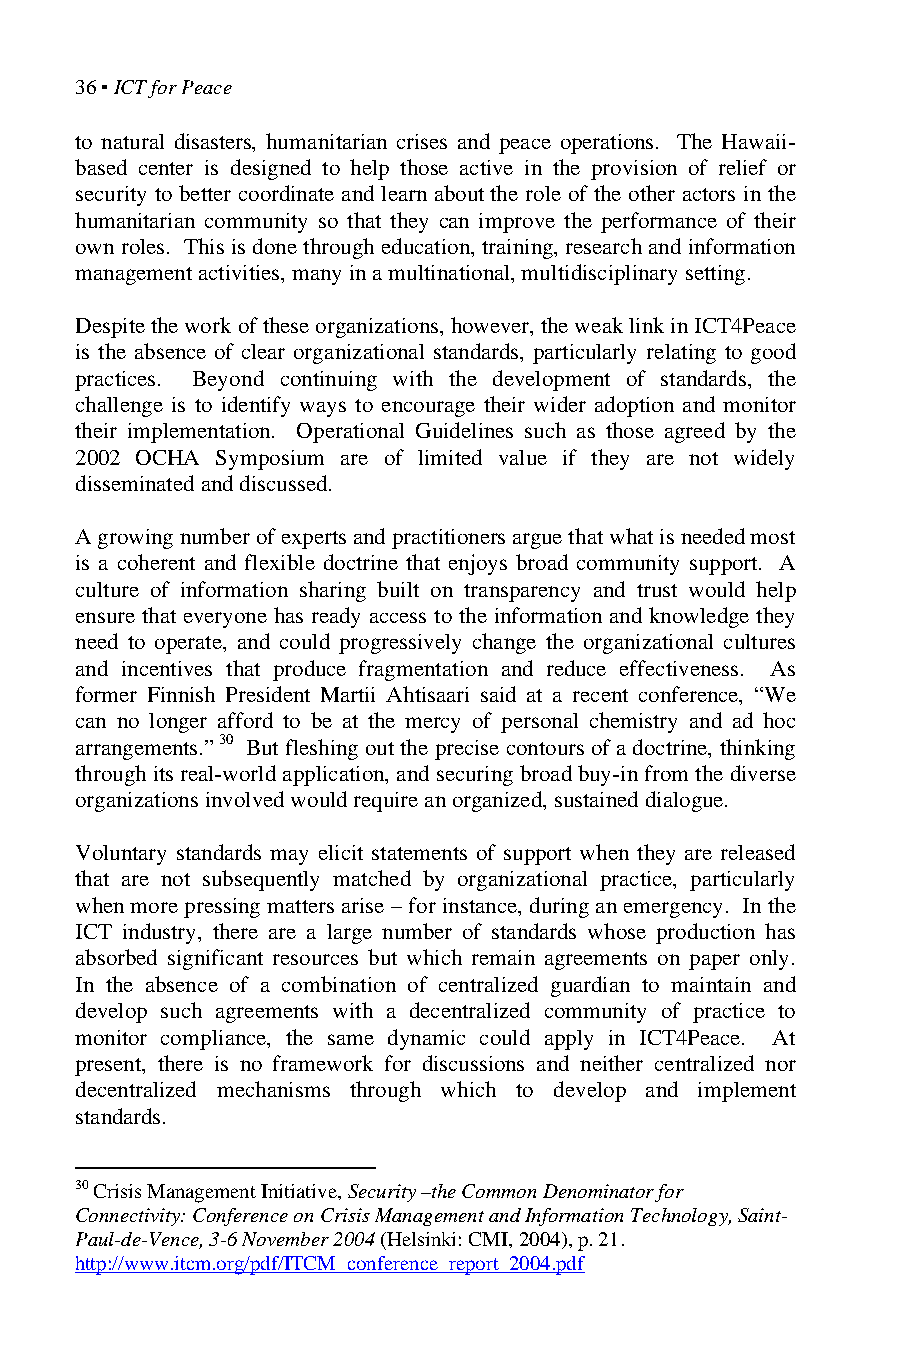
36 ▪ ICT for Peace
 to natural disasters, humanitarian crises and peace operations. The Hawaii-
 based center is designed to help those active in the provision of relief or
 security to better coordinate and learn about the role of the other actors in the
 humanitarian community so that they can improve the performance of their
 own roles. This is done through education, training, research and information
 management activities, many in a multinational, multidisciplinary setting.
 Despite the work of these organizations, however, the weak link in ICT4Peace
 is the absence of clear organizational standards, particularly relating to good
 practices. Beyond continuing with the development of standards, the
 challenge is to identify ways to encourage their wider adoption and monitor
 their implementation. Operational Guidelines such as those agreed by the
 2002 OCHA Symposium are of limited value if they are not widely
 disseminated and discussed.
 A growing number of experts and practitioners argue that what is needed most
 is a coherent and flexible doctrine that enjoys broad community support. A
 culture of information sharing built on transparency and trust would help
 ensure that everyone has ready access to the information and knowledge they
 need to operate, and could progressively change the organizational cultures
 and incentives that produce fragmentation and reduce effectiveness. As
 former Finnish President Martii Ahtisaari said at a recent conference, “We
 can no longer afford to be at the mercy of personal chemistry and ad hoc
 arrangements.” 30 But fleshing out the precise contours of a doctrine, thinking
 through its real-world application, and securing broad buy-in from the diverse
 organizations involved would require an organized, sustained dialogue.
 Voluntary standards may elicit statements of support when they are released
 that are not subsequently matched by organizational practice, particularly
 when more pressing matters arise – for instance, during an emergency. In the
 ICT industry, there are a large number of standards whose production has
 absorbed significant resources but which remain agreements on paper only.
 In the absence of a combination of centralized guardian to maintain and
 develop such agreements with a decentralized community of practice to
 monitor compliance, the same dynamic could apply in ICT4Peace. At
 present, there is no framework for discussions and neither centralized nor
 decentralized mechanisms through which to develop and implement
 standards.
 30 Crisis Management Initiative, Security –the Common Denominator for
 Connectivity: Conference on Crisis Management and Information Technology, Saint-
 Paul-de-Vence, 3-6 November 2004 (Helsinki: CMI, 2004), p. 21.
 http://www.itcm.org/pdf/ITCM_conference_report_2004.pdf